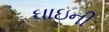
ઘાઇની